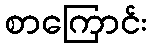
စာကြောင်း